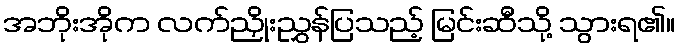
အဘိုးအိုက လက်ညှိုးညွှန်ပြသည့် မြင်းဆီသို့ သွားရ၏။